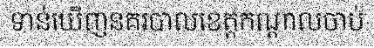
ទាន់ឃើញនគរបាលខេត្តកណ្តាលចាប់